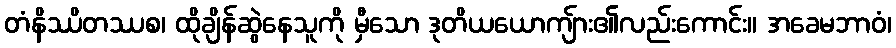
တံနိဿိတဿစ၊ ထိုချိန်ဆွဲနေသူကို မှီသော ဒုတိယယောကျ်ား၏လည်းကောင်း။ အခေမဘာဝံ၊